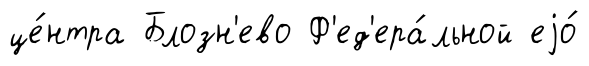
це́нтра Блозн'ево Ф'ед'ера́льной еjо́